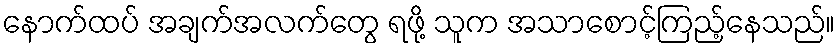
နောက်ထပ် အချက်အလက်တွေ ရဖို့ သူက အသာစောင့်ကြည့်နေသည်။